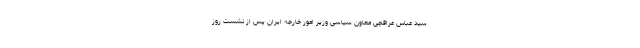
سید عباس عراقچی معاون سیاسی وزیر امور خارجه ایران پس از نشست روز